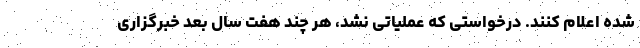
شده اعلام کنند. درخواستی که عملیاتی نشد، هر چند هفت سال بعد خبرگزاری